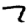
Digit: 7